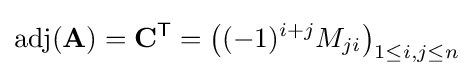
\operatorname {adj} (\mathbf {A} )=\mathbf {C} ^{\mathsf {T}}=\left((-1)^{i+j}{M}_{ji}\right)_{1\leq i,j\leq n}